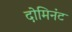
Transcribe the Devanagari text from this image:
दोमिनंट